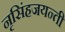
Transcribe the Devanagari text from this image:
नृसिंहजयन्ती